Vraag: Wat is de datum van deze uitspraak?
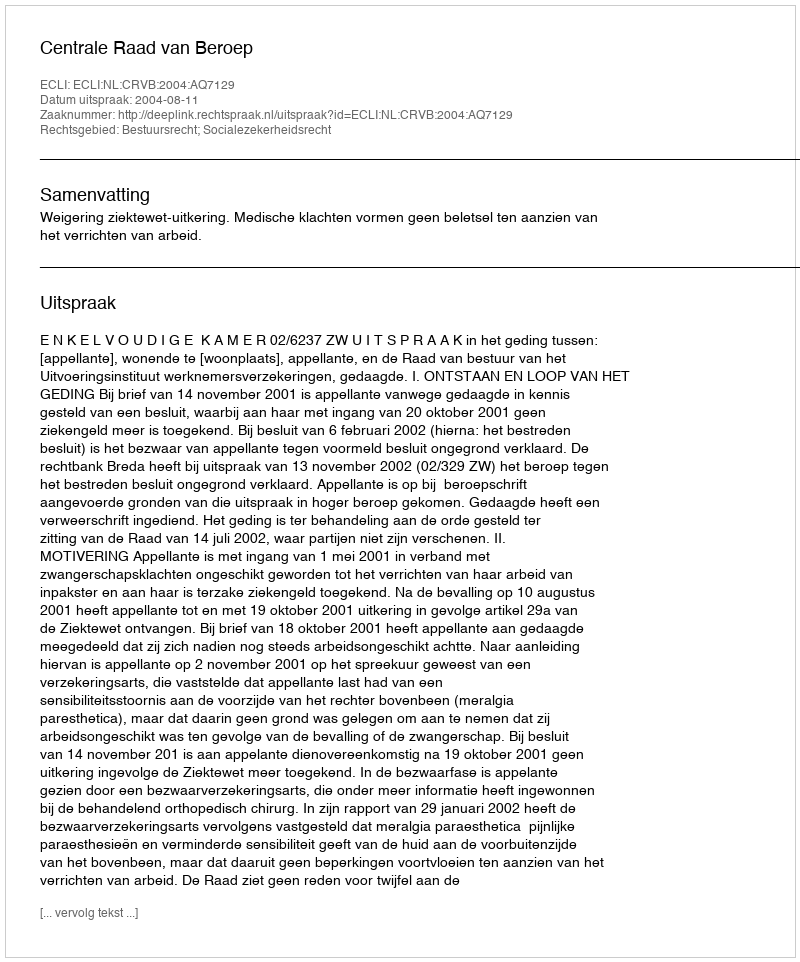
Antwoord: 2004-08-11